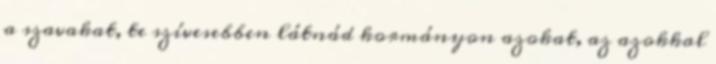
a szavakat, te szívesebben látnád kormányon azokat, az azokkal